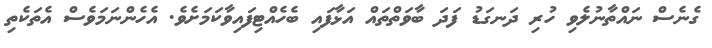
ގެނެސް ނައްތާނުލެވި ހުރި ދަނގަޑު ފަދަ ބާވަތްތައް އަޅާފައި ބެހެއްޓިފައިވާކަމަށެވެ. އެހެންނަމަވެސް އެތަކެތި